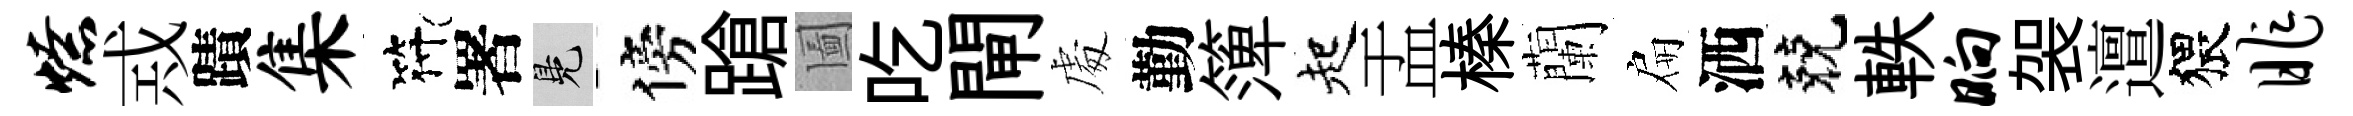
燎𢦶蹟集符署鳬傍蹌圗吃閘䖏勤𥱼起盂榛蘭扁洒兢軼晌袈邅猥昨